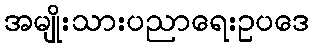
အမျိုးသားပညာရေးဥပဒေ